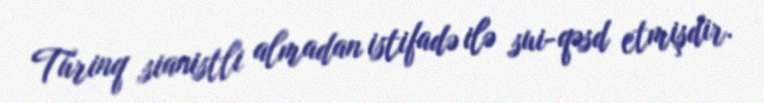
Türinq sianistli almadan istifadə ilə sui-qəsd etmişdir.